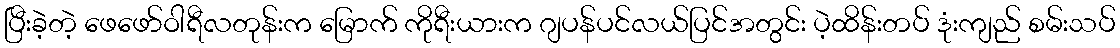
ပြီးခဲ့တဲ့ ဖေဖော်ဝါရီလတုန်းက မြောက် ကိုရီးယားက ဂျပန်ပင်လယ်ပြင်အတွင်း ပဲ့ထိန်းတပ် ဒုံးကျည် စမ်းသပ်